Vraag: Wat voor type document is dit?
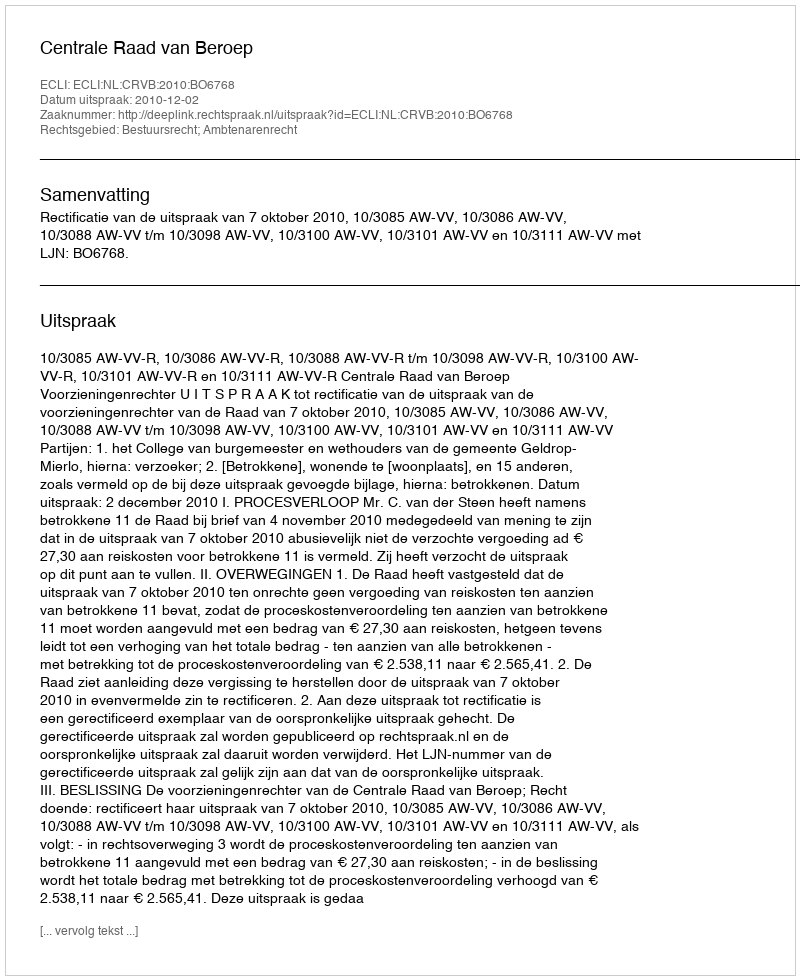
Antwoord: Uitspraak